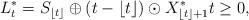
LaTeX: \begin{align*}L_t^*=S_{\lfloor t\rfloor}\oplus(t-\lfloor t\rfloor)\odot X_{\lfloor t\rfloor+1}^*t\geq 0,\end{align*}